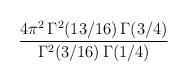
LaTeX: \begin{align*}{{4\pi^2\,\Gamma^2(13/16)\,\Gamma(3/4)}\over {\Gamma^2(3/16)\,\Gamma(1/4)}}\end{align*}